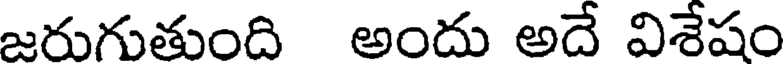
జరుగుతుంది అందు అదే విశేషం